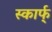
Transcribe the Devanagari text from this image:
स्कार्फ्